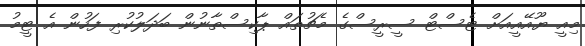
މިއީ ޔޫއޭއީއަށް ޓެސްޓް ސީރީސްގެ މެޗުތައް ޕާކިސްތާނުން ބަދަލުކުރި ފަހުން އެ ޓީމު